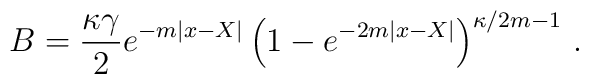
B= {\kappa  \gamma \over 2}  e^{- m |x - X|}  \left(1 - e^{-2 m |x - X|}  \right)^{\kappa/2 m - 1} \, .